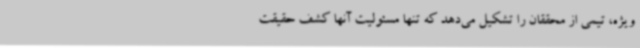
ویژه، تیمی از محققان را تشکیل می‌دهد که تنها مسئولیت آنها کشف حقیقت